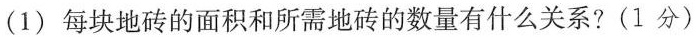
(1) 每块地砖的面积和所需地砖的数量有什么关系? (1分)